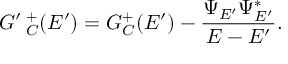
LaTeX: G ^ { \prime } \, _ { C } ^ { + } ( E ^ { \prime } ) = G _ { C } ^ { + } ( E ^ { \prime } ) - \frac { \Psi _ { E ^ { \prime } } \Psi _ { E ^ { \prime } } ^ { * } } { E - E ^ { \prime } } .